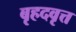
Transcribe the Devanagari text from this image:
बृहदवृत्त